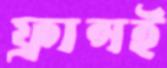
ফ্রান্সই